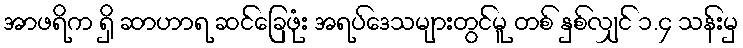
အာဖရိက ရှိ ဆာဟာရ ဆင်ခြေဖုံး အရပ်ဒေသများတွင်မူ တစ် နှစ်လျှင် ၁.၄ သန်းမှ